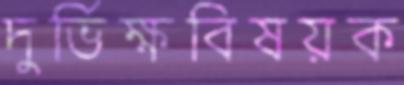
দুর্ভিক্ষবিষয়ক